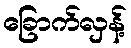
ခြောက်လှန့်